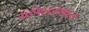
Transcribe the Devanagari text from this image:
गणेशस्थान